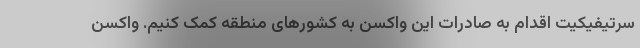
سرتیفیکیت اقدام به صادرات این واکسن به کشورهای منطقه کمک کنیم. واکسن